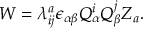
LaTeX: W = \lambda _ { i j } ^ { a } \epsilon _ { \alpha \beta } Q _ { \alpha } ^ { i } Q _ { \beta } ^ { j } Z _ { a } .